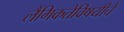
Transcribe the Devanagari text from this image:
लैंगिकतेविषयीचे